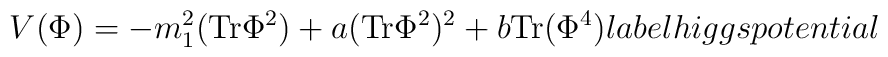
V(\Phi ) = -m_1 ^2 ({\rm Tr}\Phi^2) + a ({\rm Tr} \Phi^2 )^2            + b {\rm Tr}(\Phi^4) \